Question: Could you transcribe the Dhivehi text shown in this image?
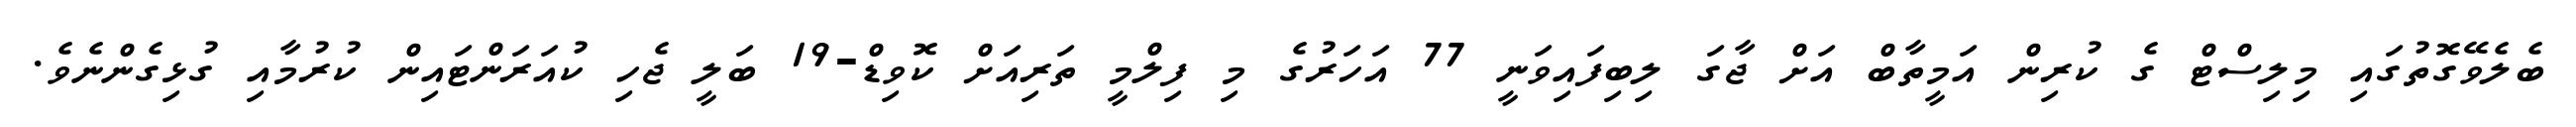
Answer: ބެލެވޭގޮތުގައި މިލިސްޓް ގެ ކުރިން އަމީތާބް އަށް ޖާގަ ލިބިފައިވަނީ 77 އަހަރުގެ މި ފިލްމީ ތަރިއަށް ކޮވިޑް-19 ބަލީ ޖެހި ކުއަރަންޓައިން ކުރުމާއި ގުޅިގެންނެވެ.